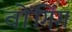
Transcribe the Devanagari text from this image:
वोंगिंग